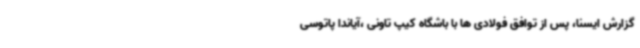
گزارش ایسنا، پس از توافق فولادی ها با باشگاه کیپ تاونی ،آیاندا پاتوسی